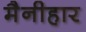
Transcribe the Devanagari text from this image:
मैनीहार